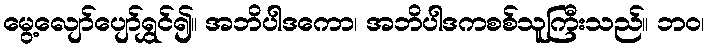
မွေ့လျော်ပျော်ရွှင်၍။ အဘိပါဒကော၊ အဘိပါဒကစစ်သူကြီးသည်။ ဘဝ၊